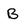
Character: B